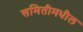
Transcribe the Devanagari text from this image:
समितीमधील